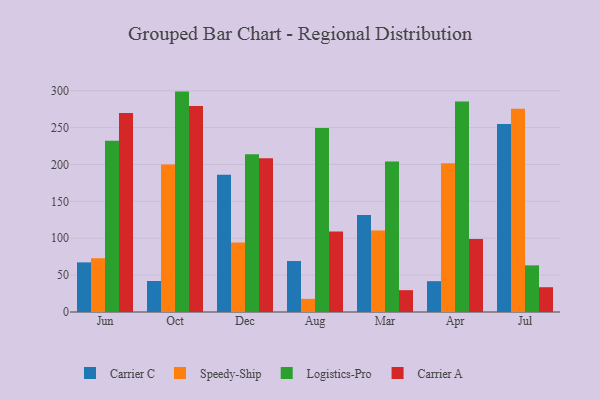
{"axis": {"x": "Month", "y": "LTV (USD)"}, "legend": ["Carrier A", "Carrier C", "Logistics-Pro", "Speedy-Ship"], "data": [{"x": "Jun", "y": 67.3, "type": "Carrier C"}, {"x": "Jun", "y": 72.9, "type": "Speedy-Ship"}, {"x": "Jun", "y": 232.1, "type": "Logistics-Pro"}, {"x": "Jun", "y": 269.8, "type": "Carrier A"}, {"x": "Oct", "y": 42.0, "type": "Carrier C"}, {"x": "Oct", "y": 199.8, "type": "Speedy-Ship"}, {"x": "Oct", "y": 298.8, "type": "Logistics-Pro"}, {"x": "Oct", "y": 279.4, "type": "Carrier A"}, {"x": "Dec", "y": 186.0, "type": "Carrier C"}, {"x": "Dec", "y": 94.2, "type": "Speedy-Ship"}, {"x": "Dec", "y": 213.7, "type": "Logistics-Pro"}, {"x": "Dec", "y": 208.5, "type": "Carrier A"}, {"x": "Aug", "y": 69.1, "type": "Carrier C"}, {"x": "Aug", "y": 17.8, "type": "Speedy-Ship"}, {"x": "Aug", "y": 249.6, "type": "Logistics-Pro"}, {"x": "Aug", "y": 109.1, "type": "Carrier A"}, {"x": "Mar", "y": 131.5, "type": "Carrier C"}, {"x": "Mar", "y": 110.5, "type": "Speedy-Ship"}, {"x": "Mar", "y": 204.0, "type": "Logistics-Pro"}, {"x": "Mar", "y": 29.6, "type": "Carrier A"}, {"x": "Apr", "y": 41.8, "type": "Carrier C"}, {"x": "Apr", "y": 201.8, "type": "Speedy-Ship"}, {"x": "Apr", "y": 285.4, "type": "Logistics-Pro"}, {"x": "Apr", "y": 98.9, "type": "Carrier A"}, {"x": "Jul", "y": 255.0, "type": "Carrier C"}, {"x": "Jul", "y": 275.5, "type": "Speedy-Ship"}, {"x": "Jul", "y": 63.2, "type": "Logistics-Pro"}, {"x": "Jul", "y": 33.6, "type": "Carrier A"}]}